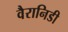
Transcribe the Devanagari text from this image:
वैरानिडी